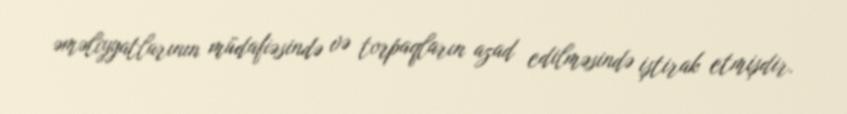
əməliyyatlarının müdafiəsində və torpaqların azad edilməsində iştirak etmişdir.